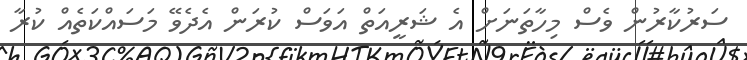
ސަރުކާރުން ވެސް މިހާތަނަށް އެ ޝަރީއަތް އަވަސް ކުރަން އެދެވޭ މަސައްކަތެއް ކުރާ